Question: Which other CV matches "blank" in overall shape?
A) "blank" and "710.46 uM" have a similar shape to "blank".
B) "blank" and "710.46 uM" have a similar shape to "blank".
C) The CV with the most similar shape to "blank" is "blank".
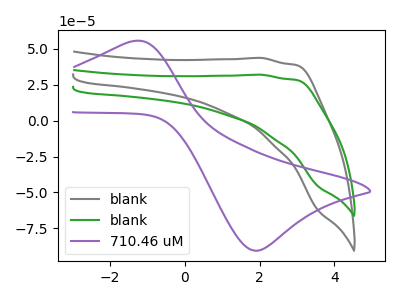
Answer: <think>The gray curve "blank" has no peaks. The green curve "blank" has no peaks. The purple curve "710.46 uM" has an anodic peak at (-1.40V, 55.30uA) and a cathodic peak at (1.95V, -90.55uA).
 Neither "blank" or "blank" have any peaks. "blank" and "710.46 uM" have a different number of peaks. "blank" and "710.46 uM" have a different number of peaks.</think>
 <answer>C) The CV with the most similar shape to "blank" is "blank".</answer>
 <eval>C</eval>